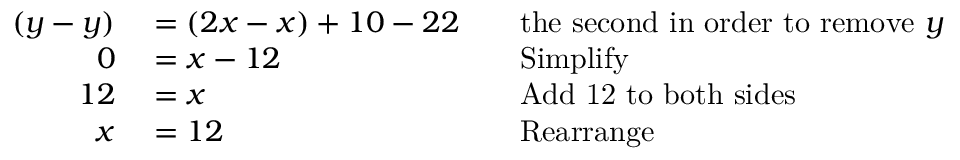
\begin{array} { r l r l } { ( y - y ) } & { { } = ( 2 x - x ) + 1 0 - 2 2 } & { } & { { } { \mathrm { t h e ~ s e c o n d ~ i n ~ o r d e r ~ t o ~ r e m o v e ~ } } y } \\ { 0 } & { { } = x - 1 2 } & { } & { { } { \mathrm { S i m p l i f y } } } \\ { 1 2 } & { { } = x } & { } & { { } { \mathrm { A d d ~ 1 2 ~ t o ~ b o t h ~ s i d e s } } } \\ { x } & { { } = 1 2 } & { } & { { } { \mathrm { R e a r r a n g e } } } \end{array}